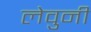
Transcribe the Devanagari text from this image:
लेवुनी